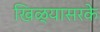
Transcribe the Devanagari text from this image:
खिळ्यासरके